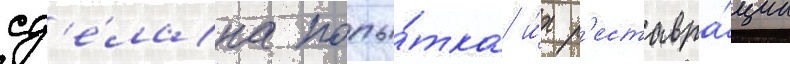
сд'е́лана попы́тка и́х р'еставра́ции